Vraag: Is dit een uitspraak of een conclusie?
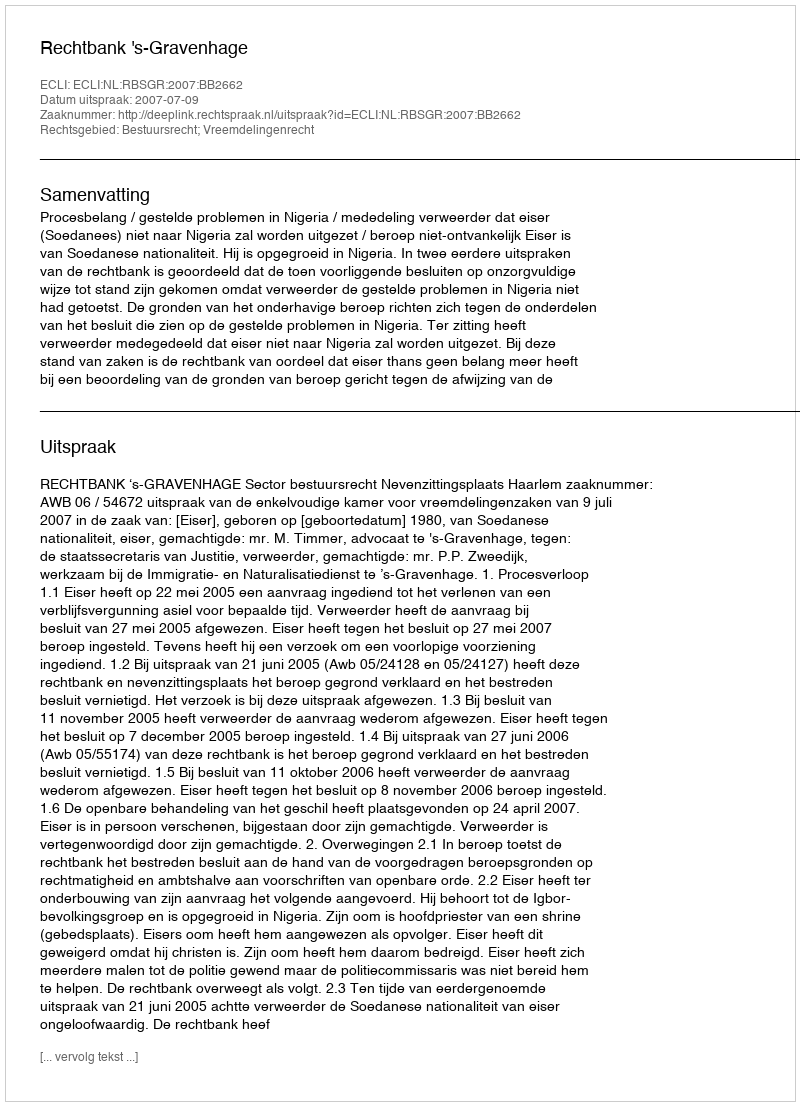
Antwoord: Uitspraak